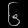
Digit: ၆